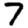
Digit: 7